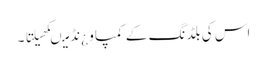
اس کی بلڈنگ کے کمپاو ¿نڈ میںکھیلتا ۔